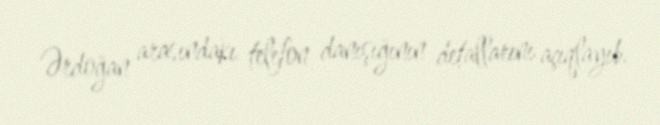
Ərdoğan arasındakı telefon danışığının detallarını açıqlayıb.